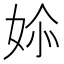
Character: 㛋